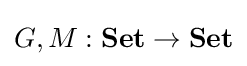
G,M:{\mathbf {Set}}\to {\mathbf {Set}}